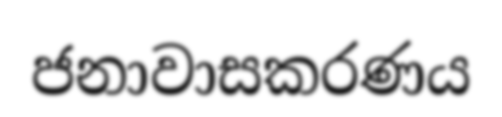
ජනාවාසකරණය